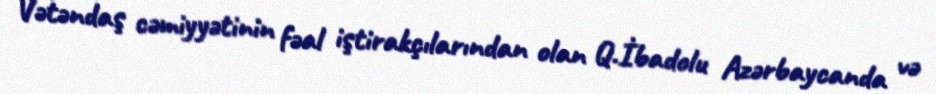
Vətəndaş cəmiyyətinin fəal iştirakçılarından olan Q.İbadolu Azərbaycanda və